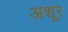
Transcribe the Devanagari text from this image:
अशूर